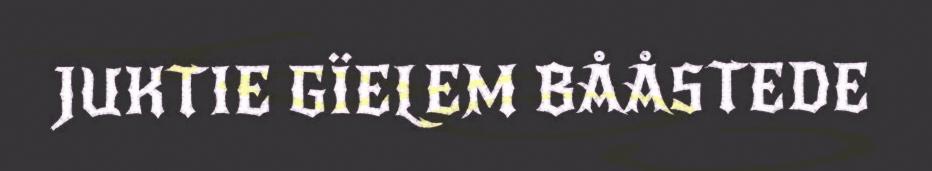
JUKTIE GÏELEM BÅÅSTEDE